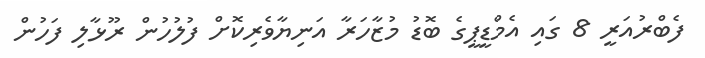
ފެބްރުއަރީ 8 ގައި އެމްޑީޕީގެ ބޮޑު މުޒާހަރާ އަނިޔާވެރިކޮށް ފުލުހުން ރޫޅާލި ފަހުން